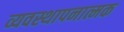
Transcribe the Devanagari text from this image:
व्यवस्थापनात्मक